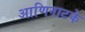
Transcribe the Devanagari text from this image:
आणिनाटके